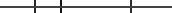
١١